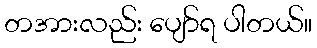
တအားလည်း ပျော်ရ ပါတယ်။